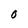
Character: O